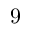
9